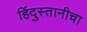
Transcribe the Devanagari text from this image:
हिंदुस्तानीचा